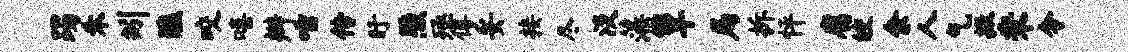
躅禾矧醮咬嘻辫唾传盱照殛傅妥接尽淡藻簟局拆怦腐皎余人乞撒秉令